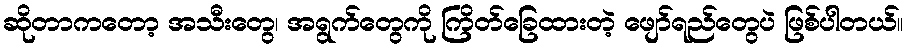
ဆိုတာကတော့ အသီးတွေ၊ အရွက်တွေကို ကြိတ်ခြေထားတဲ့ ဖျော်ရည်တွေပဲ ဖြစ်ပါတယ်။